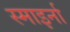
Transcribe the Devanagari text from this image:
स्माइर्ना